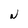
Character: N